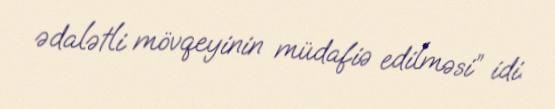
ədalətli mövqeyinin müdafiə edilməsi” idi.